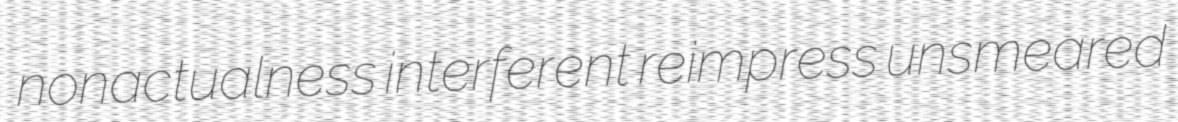
nonactualness interferent reimpress unsmeared